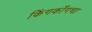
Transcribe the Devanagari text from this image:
किंगकाँगचा